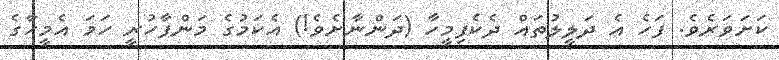
ކަށަވަރެވެ. ފަހެ އެ ދަލީލުތައް ދެކެފިމީހާ (ދަންނާށެވެ!) އެކަމުގެ މަންފާހުރީ ހަމަ އެމީހާގެ